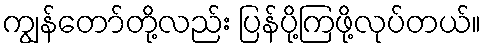
ကျွန်တော်တို့လည်း ပြန်ပို့ကြဖို့လုပ်တယ်။